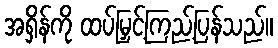
အရှိန်ကို ထပ်မြှင့်ကြည့်ပြန်သည်။